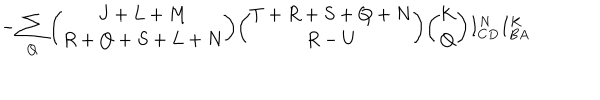
- \sum _ { Q } { \binom { J + L + M } { R + Q + S + L + N } } { \binom { T + R + S + Q + N } { R - U } } { \binom { K } { Q } } I _ { C D } ^ { N } I _ { B A } ^ { K }